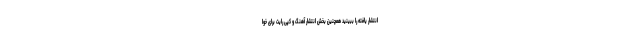
انتشار یافته را ببینید همچنین بخش انتشار آهنگ و کپی رایت برای خوا